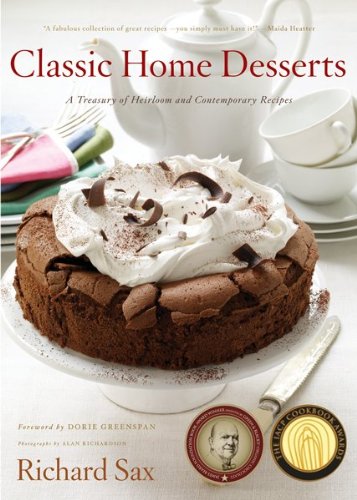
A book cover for Classic Home Desserts: A Treasury of Heirloom and Contemporary Recipes; Richard Sax; Cookbooks, Food & Wine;